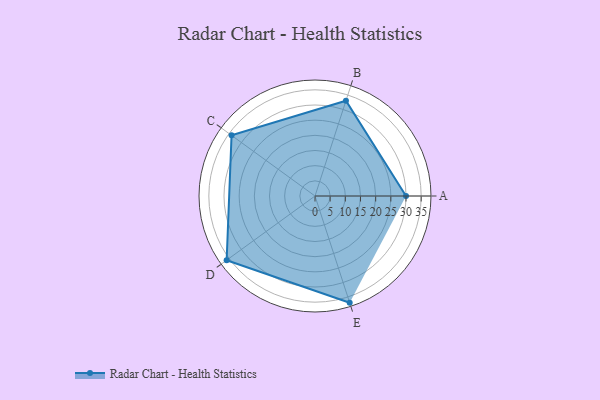
{"axis": {"x": "Skill", "y": "Score"}, "legend": ["Profile"], "data": [{"x": "A", "y": 30.0, "type": "Profile"}, {"x": "B", "y": 33.0, "type": "Profile"}, {"x": "C", "y": 34.0, "type": "Profile"}, {"x": "D", "y": 36.0, "type": "Profile"}, {"x": "E", "y": 37.0, "type": "Profile"}]}